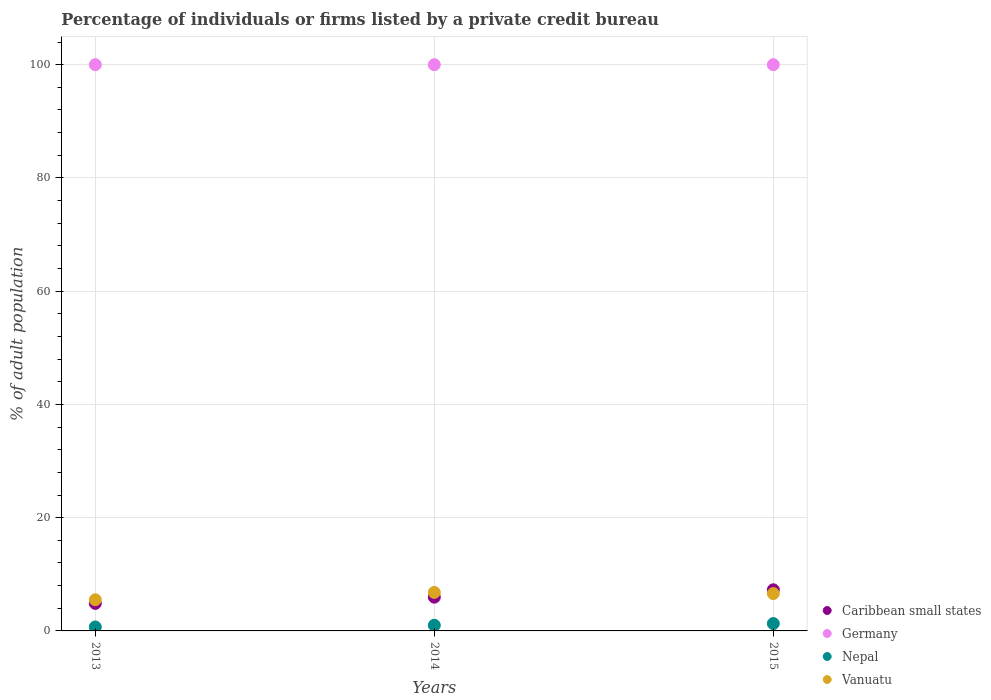
| Years | Caribbean small states | Germany | Nepal | Vanuatu |
 | --- | --- | --- | --- | --- |
 | 2013 | 4.86 | 100 | 0.7 | 5.5 |
 | 2014 | 5.96 | 100 | 1 | 6.8 |
 | 2015 | 7.26 | 100 | 1.3 | 6.6 |